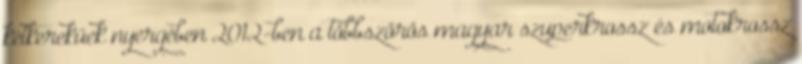
kétkerekűek nyergében 2012-ben a többszörös magyar szuperkrossz és motokrossz